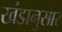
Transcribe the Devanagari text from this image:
खंडानुसार